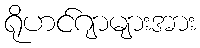
ရိုဟင်ဂျာများအား